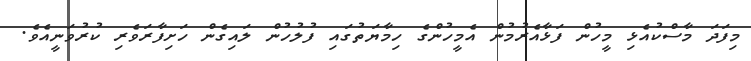
މިފަދަ މާސްކުއެޅި މީހުން ފަޅާއެރުމުން އެމީހުންގެ ހިމާޔަތުގައި ފުލުހުން ލައިގެން ހަށިފާރަވެރި ކުރުވަނީއެވެ.